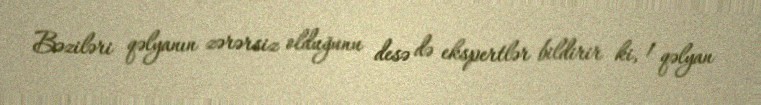
Bəziləri qəlyanın zərərsiz olduğunu desə də ekspertlər bildirir ki, 1 qəlyan